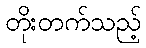
တိုးတက်သည့်